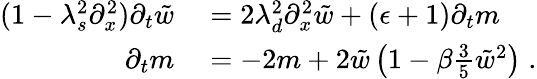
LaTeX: \begin{array}{rl}{(1-\lambda_{s}^{2}\partial_{x}^{2})\partial_{t}\tilde{w}}&{{}=2\lambda_{d}^{2}\partial_{x}^{2}\tilde{w}+(\epsilon+1)\partial_{t}m}\\ {\partial_{t}m}&{{}=-2m+2\tilde{w}\left(1-\beta\frac{3}{5}\tilde{w}^{2}\right)\; .}\end{array}